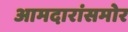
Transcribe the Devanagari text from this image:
आमदारांसमोर